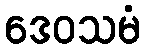
ဒေဝသမံ